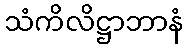
သံကိလိဋ္ဌာဘာနံ